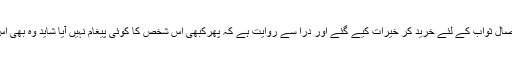
جو اس عورت کی ایصال ثواب کے لئے خرید کر خیرات کیے گئے اور دراؔ سے روایت ہے کہ پھرکبھی اس شخص کا کوئی پیغام نہیں آیا شاید وہ بھی اس دنیا میں نہیں رہے۔